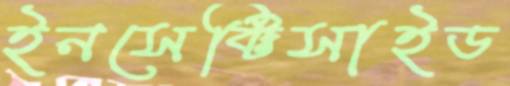
ইনসেক্টিসাইড